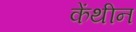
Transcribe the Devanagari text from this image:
केंथीन